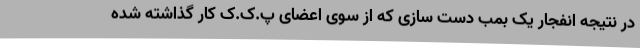
در نتیجه انفجار یک بمب دست سازی که از سوی اعضای پ.ک.ک کار گذاشته شده